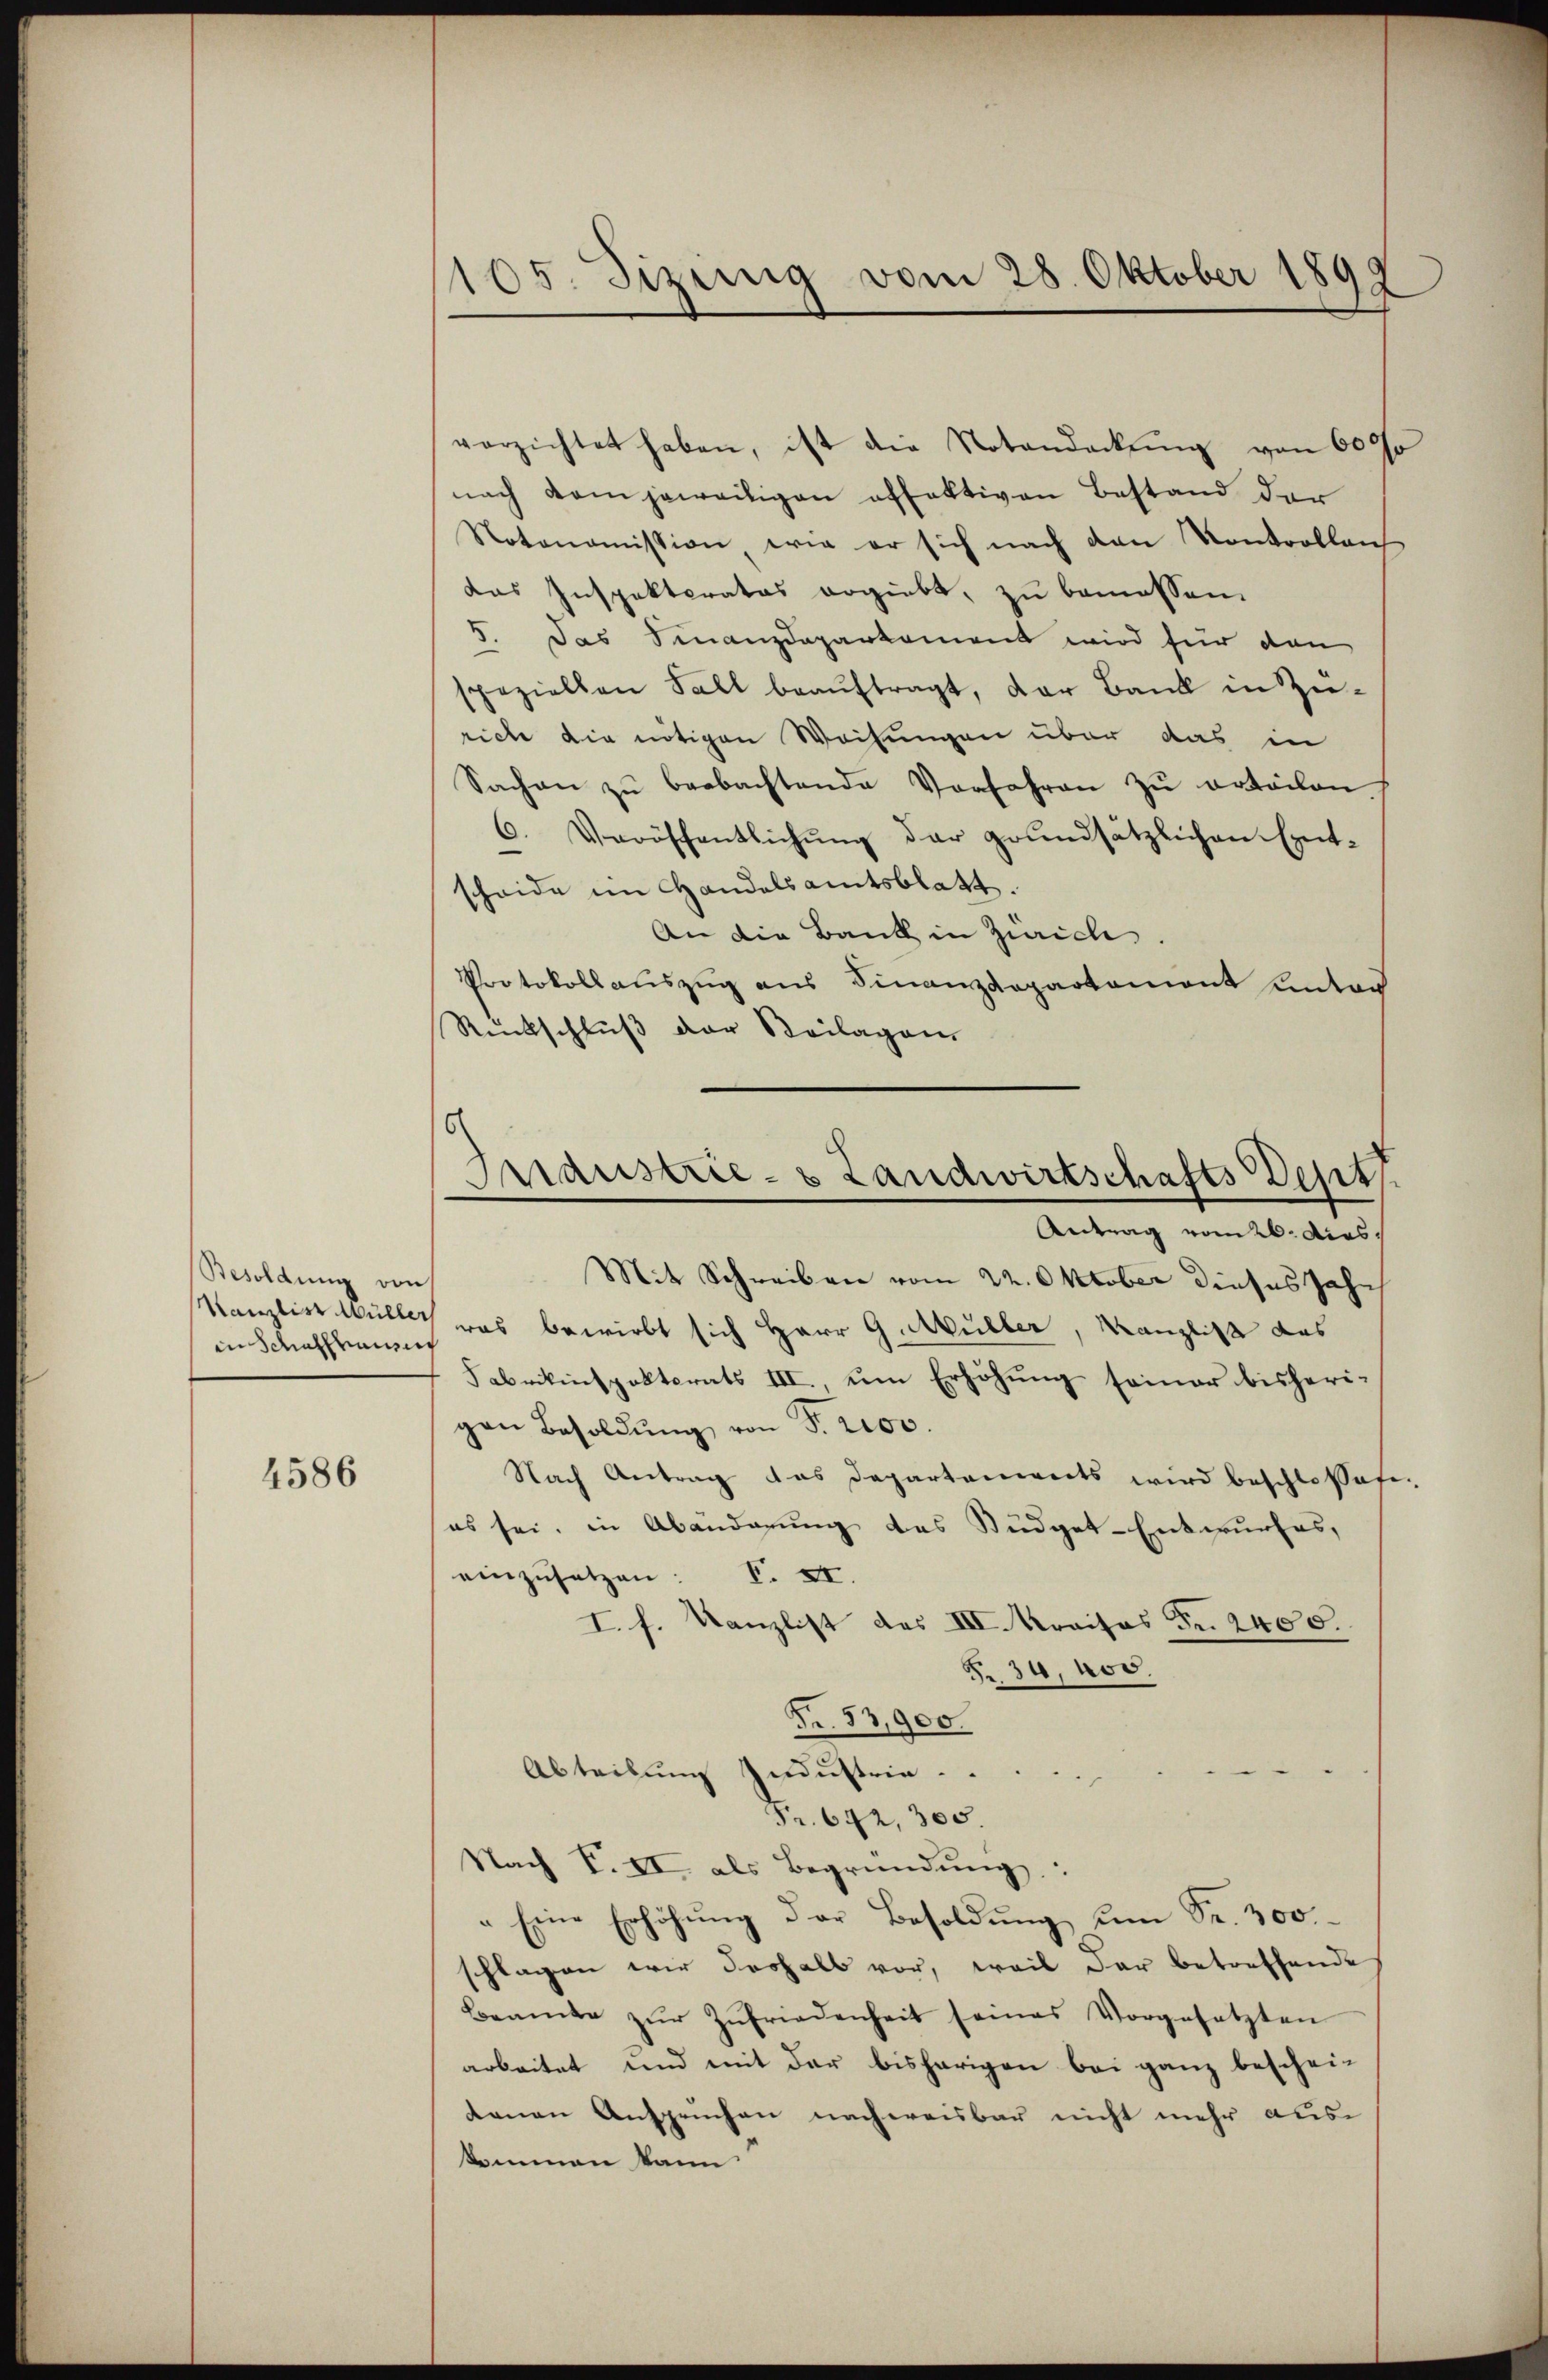
Besoldung von
in Schaffhauses

4586

verzichtet haben, ist die Notandeckŭng von 600
nach dem jeweiligen offektiven Bestand der
Notonomission wie er sich nach den Kontrollens
das Inspektoratos ergiebt, zu bemessen.
5. Das Finanzdepartament wird für dan
speziellen Fall beaŭftragt, der Bank in Zürich die nötigen Weisungen über das in
Sachen zŭ beobachtende Vorfahren zŭ erteilen
6. Veröffentlichŭng der grundsätzlichen Ent-
scheide im Handelsamtsblatt.
An die Bank in Zürich.
Protokollauszug aus Finanzdepartement unter
Rückschluß der Beilagen

105. Jizung vom 28. Oktober 1899

ridustrie- & Landwirtschafts Dept.
Antrag vom 26. dies

Mit Schreiben vom 22. Oktober dieses Jahr
Kanzlist Müller was bewirbt sich Herr G. Müller, Kanzlist das
Fabrikinspektorats III. ŭm Erhöhŭng seiner bisheri-
gen Besoldŭng von S. 2100.
Nach Antrag das Departenwerts wird beschlossese-
es sei, in Abänderung des Budget-Entwurfes,
einzusetzen: V. XI.
I. h. Kanzlist des III. Kraisos Fr. 2400.
§ 30, Nov.
Nr. 53,900.
Abteilung Industrie.
Fr. 642, 305.
Nach F. II als Begründung:
" Eine Erhöhung der Besoldung um Sr. 300
schlagen wir deshalb vor, weil der betreffende
Beamte zŭr Zufriedenheit seines Vorgesetzten
arbeitet und mit der bisherigen bei ganz bescheitanen Anspruchen nachweisbar nicht mehr auskommen kann